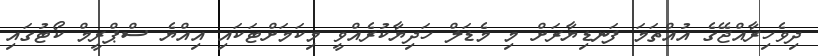
ދިވެހިރާއްޖޭގެ އުއްތަމަ ފަނޑިޔާރަށް މި މެޑަލް ހަދިޔާކުރެއްވީ މިކަމަށްޓަކައި އިއްޔެ ސްޕްރީމް ކޯޓުގައި